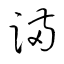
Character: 蹣